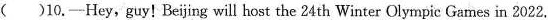
()10.—Hey,guy! Beijing will host the 24th Winter Olympic Games in 2022.